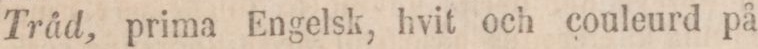
Tråd, prima Engelsk, hvit och couleurd på